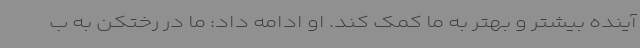
آینده بیشتر و بهتر به ما کمک کند. او ادامه داد:‌ ما در رختکن به ب